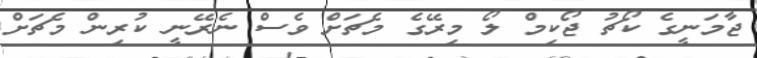
ޖާމަނީގެ ކޯޗު ޖޯކިމް ލޯ މިރޭގެ މެޗަށް ވެސް ނެރޭނީ ކުރިން މެޗަށް